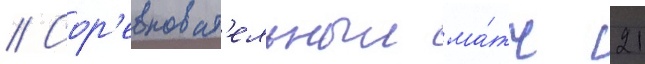
// Сор'евноват'ельныи ма́тч 21